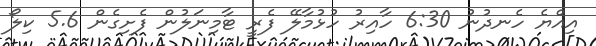
އިއްޔެ ހެނދުނު 6:30 ހާއިރު ހުޅުމާލޭ ފެރީ ޓާމިނަލުން ފެށިގެން 5.6 ކިލޯ